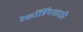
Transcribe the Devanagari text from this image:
रेकॉर्डिंगसाठी